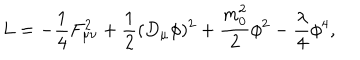
L = - \frac { 1 } { 4 } F _ { \mu \nu } ^ { 2 } + \frac { 1 } { 2 } ( D _ { \mu } \phi ) ^ { 2 } + \frac { m _ { 0 } ^ { 2 } } { 2 } \phi ^ { 2 } - \frac { \lambda } { 4 } \phi ^ { 4 } ,